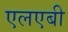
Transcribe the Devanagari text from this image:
एलएबी